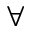
\forall